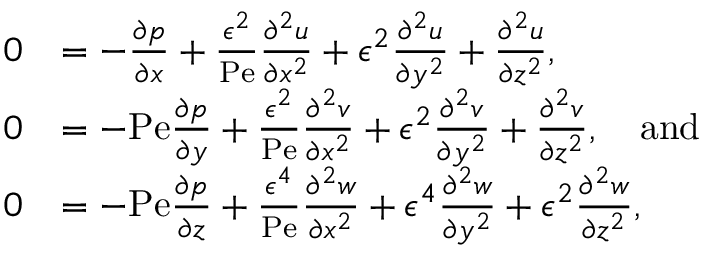
\begin{array} { r l } { 0 } & { = - \frac { \partial p } { \partial x } + \frac { \epsilon ^ { 2 } } { \mathrm { P e } } \frac { \partial ^ { 2 } u } { \partial x ^ { 2 } } + \epsilon ^ { 2 } \frac { \partial ^ { 2 } u } { \partial y ^ { 2 } } + \frac { \partial ^ { 2 } u } { \partial z ^ { 2 } } , } \\ { 0 } & { = - \mathrm { P e } \frac { \partial p } { \partial y } + \frac { \epsilon ^ { 2 } } { \mathrm { P e } } \frac { \partial ^ { 2 } v } { \partial x ^ { 2 } } + \epsilon ^ { 2 } \frac { \partial ^ { 2 } v } { \partial y ^ { 2 } } + \frac { \partial ^ { 2 } v } { \partial z ^ { 2 } } , \quad \mathrm { a n d } } \\ { 0 } & { = - \mathrm { P e } \frac { \partial p } { \partial z } + \frac { \epsilon ^ { 4 } } { \mathrm { P e } } \frac { \partial ^ { 2 } w } { \partial x ^ { 2 } } + \epsilon ^ { 4 } \frac { \partial ^ { 2 } w } { \partial y ^ { 2 } } + \epsilon ^ { 2 } \frac { \partial ^ { 2 } w } { \partial z ^ { 2 } } , } \end{array}